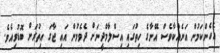
އެހެންކަމުން އަނެއްކާވެސް އޭނާގެ ހިތުގައި އިސްލާމްދީނަށް ދެވެމުން އައި ޖާގަ އިތުރަށް ބޮޑުވިއެވެ.